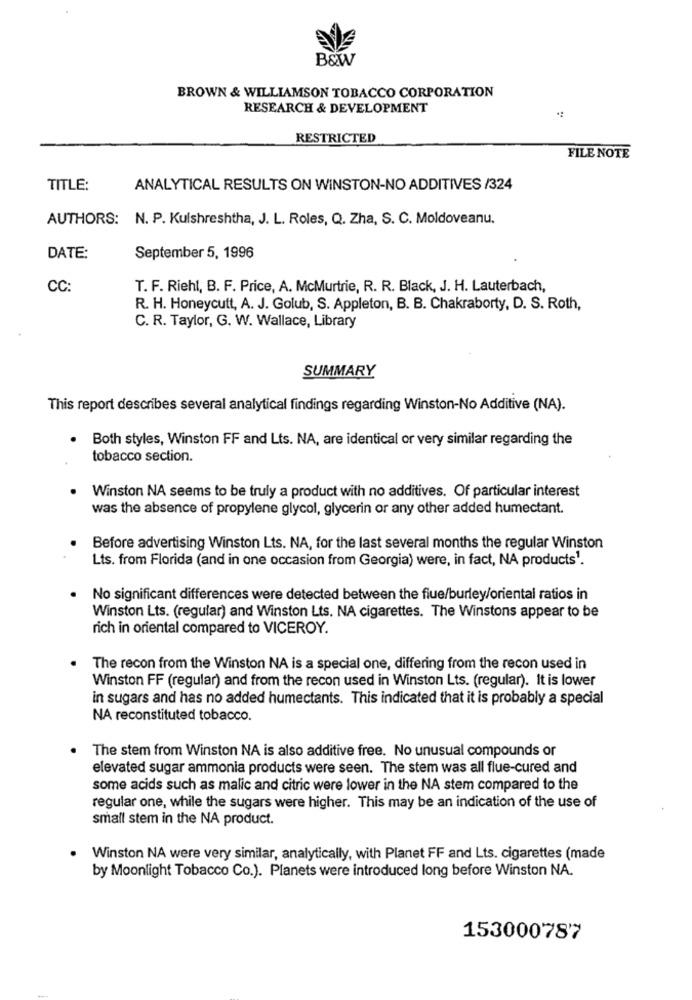
B&W
BROWN & WILLIAMSON TOBACCO CORPORATION
RESEARCH & DEVELOPMENT
RESTRICTED
FILE NOTE
TITLE:
ANALYTICAL RESULTS ON WINSTON-NO ADDITIVES /324
AUTHORS: N. P. Kulshreshtha, J. L. Roles, Q. Zha, S. C. Moldoveanu.
DATE:
September 5, 1996
CC:
T. F. Riehl, B. F. Price, A. McMurtrie, R. R. Black, J. H. Lauterbach,
R. H. Honeycutt, A. J. Golub, S. Appleton, B. B. Chakraborty, D. S. Roth,
C. R. Taylor, G. W. Wallace, Library
SUMMARY
This report describes several analytical findings regarding Winston-No Additive (NA).
Both styles, Winston FF and Lts. NA, are identical or very similar regarding the
tobacco section.
Winston NA seems to be truly a product with no additives. Of particular interest
was the absence of propylene glycol, glycerin or any other added humectant.
Before advertising Winston Lts. NA, for the last several months the regular Winston
Lts. from Florida (and in one occasion from Georgia) were, in fact, NA products1.
No significant differences were detected between the fiue/burley/oriental ratios in
Winston Lts. (regular) and Winston Lts. NA cigarettes. The Winstons appear to be
rich in oriental compared to VICEROY.
The recon from the Winston NA is a special one, differing from the recon used in
Winston FF (regular) and from the recon used in Winston Lts. (regular). It is lower
in sugars and has no added humectants. This indicated that it is probably a special
NA reconstituted tobacco.
The stem from Winston NA is also additive free. No unusual compounds or
elevated sugar ammonia products were seen. The stem was all flue-cured and
some acids such as malic and citric were lower in the NA stem compared to the
regular one, while the sugars were higher. This may be an indication of the use of
small stem in the NA product.
Winston NA were very similar, analytically, with Planet FF and Lts. cigarettes (made
by Moonlight Tobacco Co.). Planets were introduced long before Winston NA.
153000787